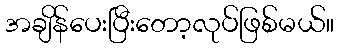
အချိန်ပေးပြီးတော့လုပ်ဖြစ်မယ်။